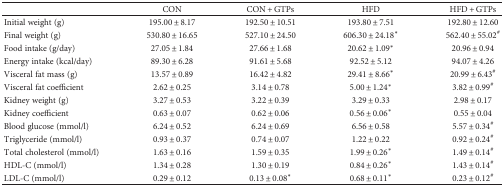
<table><thead><tr><td></td><td><b>CON</b></td><td><b>CON + GTPs</b></td><td><b>HFD</b></td><td><b>HFD + GTPs</b></td></tr></thead><tbody><tr><td>Initial weight (g)</td><td>195.00 ± 8.17</td><td>192.50 ± 10.51</td><td>193.80 ± 7.51</td><td>192.80 ± 12.60</td></tr><tr><td>Final weight (g)</td><td>530.80 ± 16.65</td><td>527.10 ± 24.50</td><td>606.30 ± 24.18<sup>∗</sup></td><td>562.40 ± 55.02<sup>#</sup></td></tr><tr><td>Food intake (g/day)</td><td>27.05 ± 1.84</td><td>27.66 ± 1.68</td><td>20.62 ± 1.09<sup>∗</sup></td><td>20.96 ± 0.94</td></tr><tr><td>Energy intake (kcal/day)</td><td>89.30 ± 6.28</td><td>91.61 ± 5.68</td><td>92.52 ± 5.12</td><td>94.07 ± 4.26</td></tr><tr><td>Visceral fat mass (g)</td><td>13.57 ± 0.89</td><td>16.42 ± 4.82</td><td>29.41 ± 8.66<sup>∗</sup></td><td>20.99 ± 6.43<sup>#</sup></td></tr><tr><td>Visceral fat coefficient</td><td>2.62 ± 0.25</td><td>3.14 ± 0.78</td><td>5.00 ± 1.24<sup>∗</sup></td><td>3.82 ± 0.99<sup>#</sup></td></tr><tr><td>Kidney weight (g)</td><td>3.27 ± 0.53</td><td>3.22 ± 0.39</td><td>3.29 ± 0.33</td><td>2.98 ± 0.17</td></tr><tr><td>Kidney coefficient</td><td>0.63 ± 0.07</td><td>0.62 ± 0.06</td><td>0.56 ± 0.06<sup>∗</sup></td><td>0.55 ± 0.04</td></tr><tr><td>Blood glucose (mmol/l)</td><td>6.24 ± 0.52</td><td>6.24 ± 0.69</td><td>6.56 ± 0.58</td><td>5.57 ± 0.34<sup>#</sup></td></tr><tr><td>Triglyceride (mmol/l)</td><td>0.93 ± 0.37</td><td>0.74 ± 0.07</td><td>1.22 ± 0.22</td><td>0.92 ± 0.24<sup>#</sup></td></tr><tr><td>Total cholesterol (mmol/l)</td><td>1.63 ± 0.16</td><td>1.59 ± 0.35</td><td>1.99 ± 0.26<sup>∗</sup></td><td>1.49 ± 0.14<sup>#</sup></td></tr><tr><td>HDL-C (mmol/l)</td><td>1.34 ± 0.28</td><td>1.30 ± 0.19</td><td>0.84 ± 0.26<sup>∗</sup></td><td>1.43 ± 0.14<sup>#</sup></td></tr><tr><td>LDL-C (mmol/l)</td><td>0.29 ± 0.12</td><td>0.13 ± 0.08<sup>∗</sup></td><td>0.68 ± 0.11<sup>∗</sup></td><td>0.23 ± 0.12<sup>#</sup></td></tr></tbody></table>